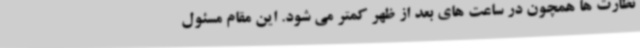
نظارت ها همچون در ساعت های بعد از ظهر کمتر می شود. این مقام مسئول